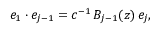
e _ { 1 } \cdot e _ { j - 1 } = c ^ { - 1 } \, B _ { j - 1 } ( z ) \, e _ { j } ,